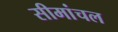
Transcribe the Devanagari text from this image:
सीमांचल